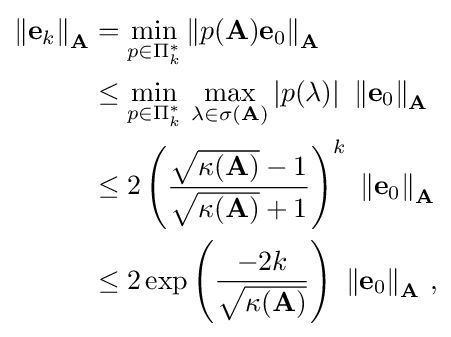
{\begin{aligned}\left\|\mathbf {e} _{k}\right\|_{\mathbf {A} }&=\min _{p\in \Pi _{k}^{*}}\left\|p(\mathbf {A} )\mathbf {e} _{0}\right\|_{\mathbf {A} }\\&\leq \min _{p\in \Pi _{k}^{*}}\,\max _{\lambda \in \sigma (\mathbf {A} )}|p(\lambda )|\ \left\|\mathbf {e} _{0}\right\|_{\mathbf {A} }\\&\leq 2\left({\frac {{\sqrt {\kappa (\mathbf {A} )}}-1}{{\sqrt {\kappa (\mathbf {A} )}}+1}}\right)^{k}\ \left\|\mathbf {e} _{0}\right\|_{\mathbf {A} }\\&\leq 2\exp \left({\frac {-2k}{\sqrt {\kappa (\mathbf {A} )}}}\right)\ \left\|\mathbf {e} _{0}\right\|_{\mathbf {A} }\,,\end{aligned}}